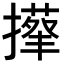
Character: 𢶬